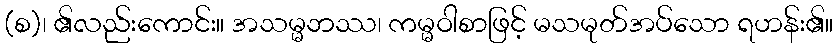
(စ)၊ ၏လည်းကောင်း။ အသမ္မဘဿ၊ ကမ္မဝါစာဖြင့် မသမုတ်အပ်သော ရဟန်း၏။